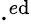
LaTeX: \cdot^{e\mathrm{d}}